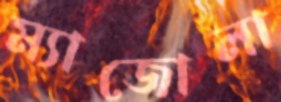
ম্যাজোলা